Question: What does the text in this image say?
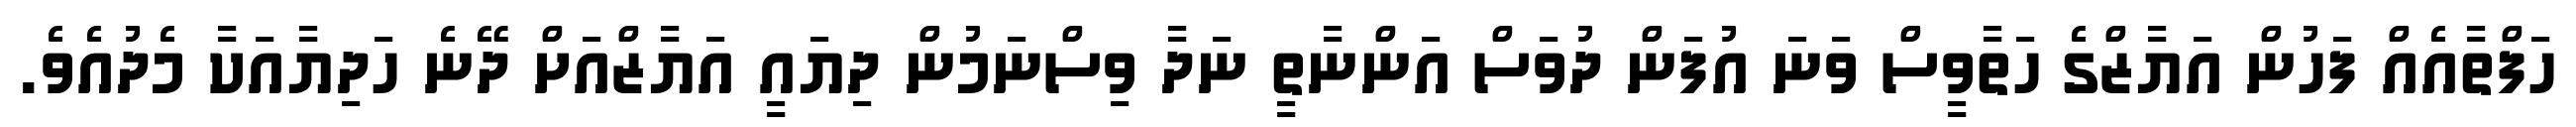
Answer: ހަފްތާއެއް ފަހުން އަޔާޒްގެ ހަތާވީސް ވަނަ އުފަން ދުވަސް އަންނާތީ ނަދާ ވިސްނަމުން ދިޔައީ އަޔާޒްއަށް ދޭނެ ހަދިޔާއަކާ މެދުއެވެ.